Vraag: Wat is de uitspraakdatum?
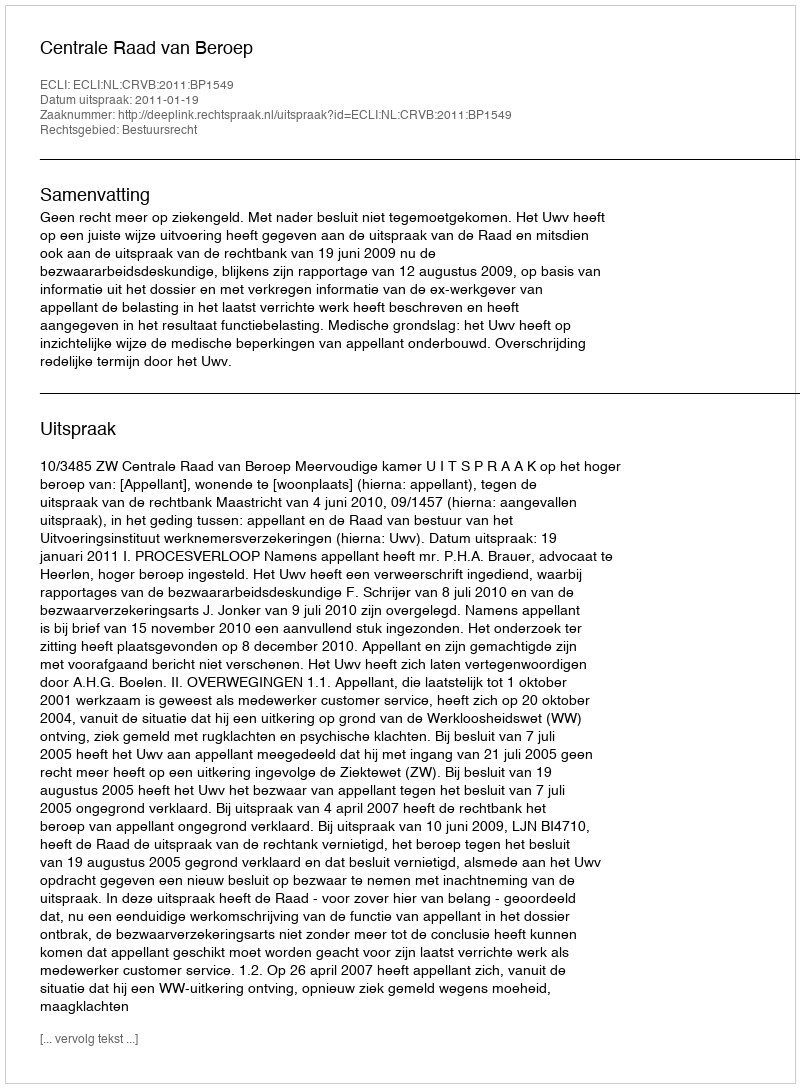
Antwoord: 2011-01-19